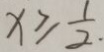
x \geq \frac { 1 } { 2 } .